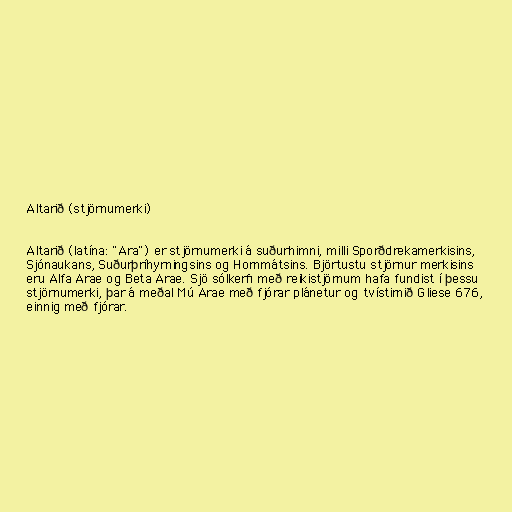
Altarið (stjörnumerki)

Altarið (latína: "Ara") er stjörnumerki á suðurhimni, milli Sporðdrekamerkisins,
Sjónaukans, Suðurþríhyrningsins og Hornmátsins. Björtustu stjörnur merkisins
eru Alfa Arae og Beta Arae. Sjö sólkerfi með reikistjörnum hafa fundist í þessu
stjörnumerki, þar á meðal Mú Arae með fjórar plánetur og tvístirnið Gliese 676,
einnig með fjórar.